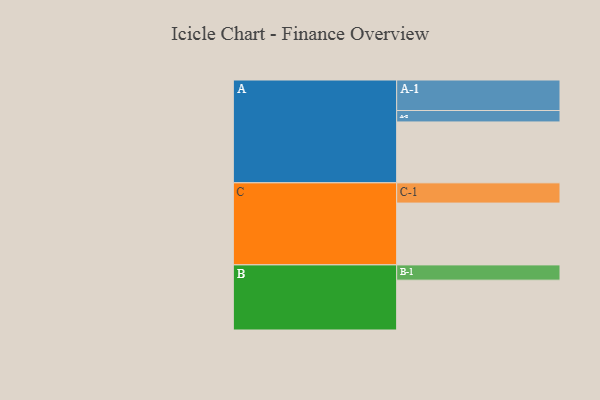
{"axis": {"x": "Segment", "y": "Value"}, "legend": ["", "A", "B", "C"], "data": [{"x": "A", "y": 463, "type": ""}, {"x": "B", "y": 379, "type": ""}, {"x": "C", "y": 470, "type": ""}, {"x": "A-1", "y": 232, "type": "A"}, {"x": "A-2", "y": 87, "type": "A"}, {"x": "B-1", "y": 116, "type": "B"}, {"x": "C-1", "y": 154, "type": "C"}]}